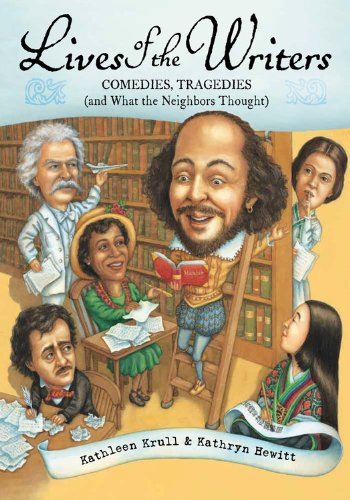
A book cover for Lives of the Writers: Comedies, Tragedies (and What the Neighbors Thought); Kathleen Krull; Children's Books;